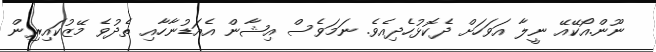
ނޫން.އޯކޭއޭ ނީލާ އަވަހަށް ދެކޮޅުހެދިއެވެ. ނަމަވެސް އިޝާން އެއަޑުނާހާއި ތެދުވެ މޭޒުކައިރިން